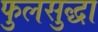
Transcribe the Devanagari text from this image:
फुलसुद्धा